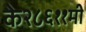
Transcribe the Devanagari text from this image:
के२८६११मी